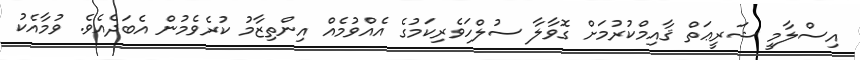
އިސްލާމީ ޝަރީޢަތް ޤާއިމްކުރުމަށް ގޮވާލާ ސުލްހަވެރިކަމުގެ އެއްވުމެއް އިންތިޒާމު ކުރެވެމުން އެބަދެއެވެ. ވުމާއެކު